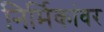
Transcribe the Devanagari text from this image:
निर्मिकांवर